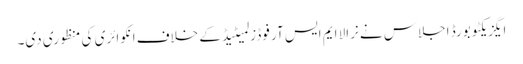
ایگزیکٹو بورڈ اجلاس نے نرالا ایم ایس آر فوڈز لمیٹیڈ کے خلاف انکوائری کی منظوری دی۔